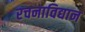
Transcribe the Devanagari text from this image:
रचनाविद्यान